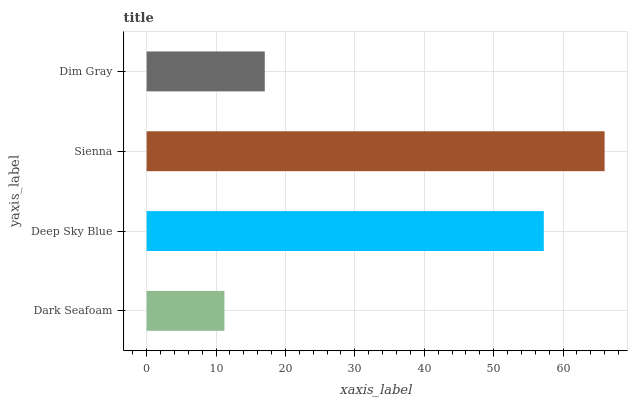
| yaxis_label | bars |
 | --- | --- |
 | Dark Seafoam | 11.2 |
 | Deep Sky Blue | 57.2 |
 | Sienna | 66 |
 | Dim Gray | 17 |